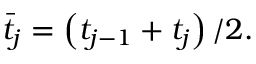
\begin{array} { r } { \bar { t } _ { j } = \left( { t } _ { j - 1 } + { t } _ { j } \right) / 2 . } \end{array}